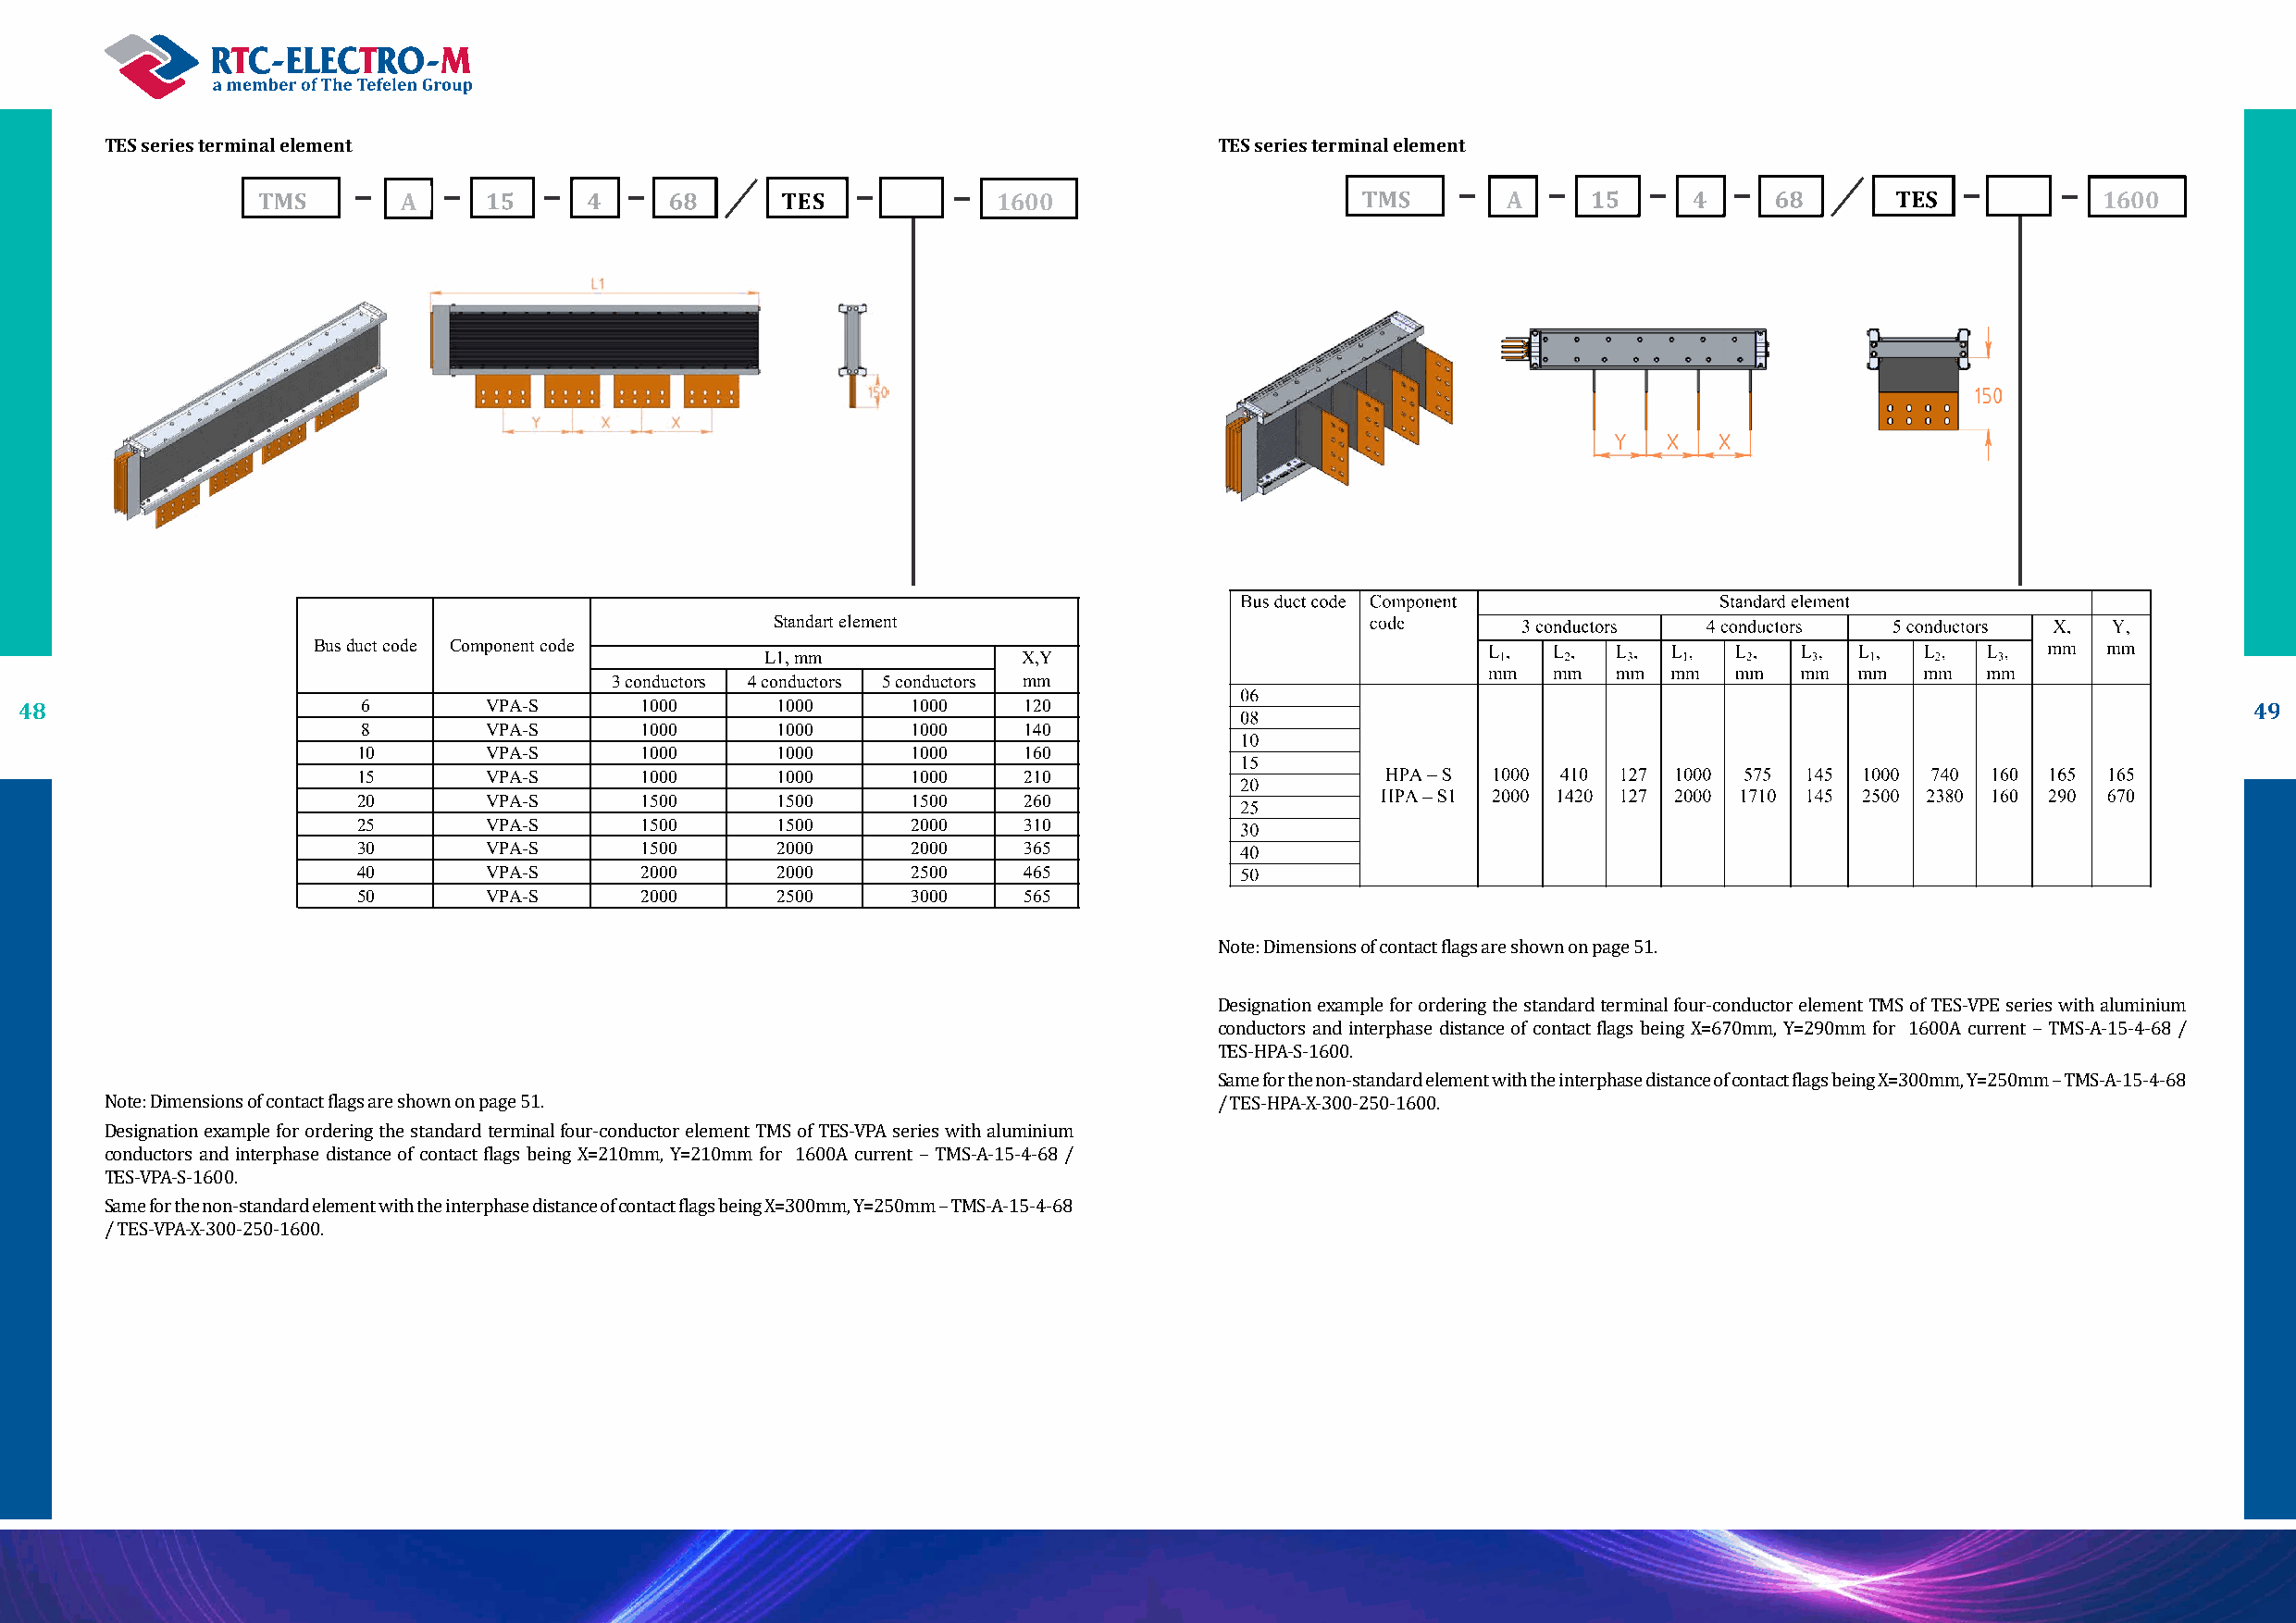
TES series terminal element                                                     TES series terminal element
 А                                         1600                                 А                                         1600
 Standart elemment
 Bus duct code Component code
 L1, mm            X,Y
 3 conductors 4 conductors 5 conductors mm
 48                       6        VPA-S      1000      1000     1000    120                                                                                     49
 8        VPA-S      1000      1000     1000    140
 10       VPA-S      1000      1000     1000    160
 15       VPA-S      1000      1000     1000    210
 20       VPA-S      1500      1500     1500    260
 25       VPA-S      1500      1500     2000    310
 30       VPA-S      1500      2000     2000    365
 40       VPA-S      2000      2000     2500    465
 50       VPA-S      2000      2500     3000    565
 Note: Dimensions of contact flags are shown on page 51.
 Designation example for ordering the standard terminal four-conductor element TMS of TES-VPE series with aluminium
 conductors and interphase distance of contact flags being X=670mm, Y=290mm for 1600А current – TMS-A-15-4-68 /
 TES-HPA-S-1600.
 Same for the non-standard element with the interphase distance of contact flags being X=300mm, Y=250mm – TMS-A-15-4-68
 Note: Dimensions of contact flags are shown on page 51.                         / TES-HPA-X-300-250-1600.
 Designation example for ordering the standard terminal four-conductor element TMS of TES-VPA series with aluminium
 conductors and interphase distance of contact flags being X=210mm, Y=210mm for 1600А current – TMS-A-15-4-68 /
 TES-VPA-S-1600.
 Same for the non-standard element with the interphase distance of contact flags being X=300mm, Y=250mm – TMS-A-15-4-68
 / TES-VPA-X-300-250-1600.